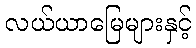
လယ်ယာမြေများနှင့်